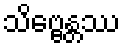
သိဗ္ဗေန္တဿ